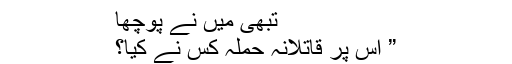
تبھی میں نے پوچھا
” اس پر قاتلانہ حملہ کس نے کیا؟